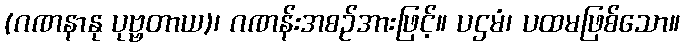
(ဂဏနာနု ပုဗ္ဗတာယ)၊ ဂဏန်းအစဉ်အားဖြင့်။ ပဌမံ၊ ပထမဖြစ်သော။